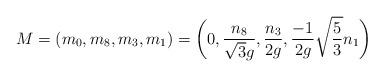
LaTeX: \begin{align*}M = (m_0,m_8,m_3,m_1) = \biggl ( 0, {{n_8}\over {\sqrt{3}g}}, {{n_3}\over {2g}}, {- {1}\over {2g}} \sqrt{5\over 3} n_1 \biggr )\end{align*}